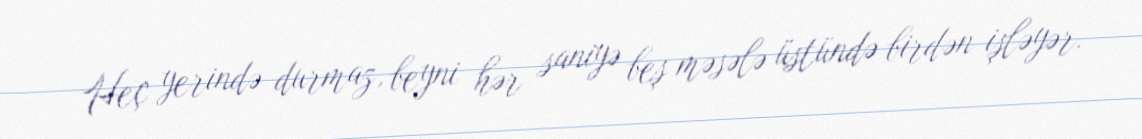
Heç yerində durmaz, beyni hər saniyə beş məsələ üstündə birdən işləyər.